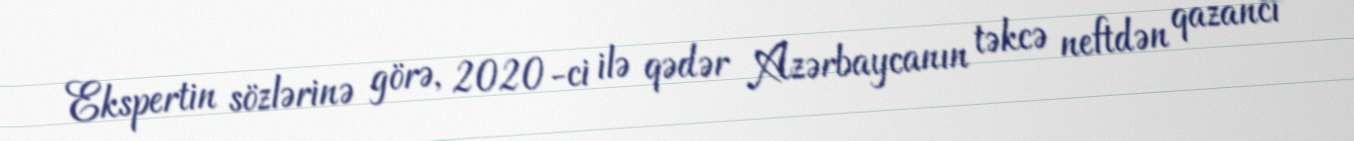
Ekspertin sözlərinə görə, 2020-ci ilə qədər Azərbaycanın təkcə neftdən qazancı